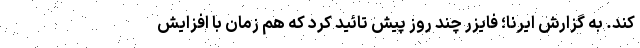
کند. به گزارش ایرنا؛ فایزر چند روز پیش تائید کرد که هم زمان با افزایش